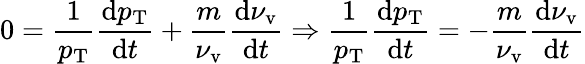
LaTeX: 0=\frac{1}{p_{\mathrm{T}}}\frac{\mathrm{d}p_{\mathrm{T}}}{\mathrm{d}t}+\frac{m}{\nu_{\mathrm{v}}}\frac{\mathrm{d}\nu_{\mathrm{v}}}{\mathrm{d}t}\Rightarrow\frac{1}{p_{\mathrm{T}}}\frac{\mathrm{d}p_{\mathrm{T}}}{\mathrm{d}t}=-\frac{m}{\nu_{\mathrm{v}}}\frac{\mathrm{d}\nu_{\mathrm{v}}}{\mathrm{d}t}